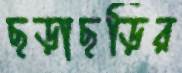
ছড়াছড়ির